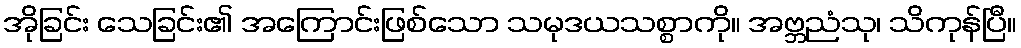
အိုခြင်း သေခြင်း၏ အကြောင်းဖြစ်သော သမုဒယသစ္စာကို။ အဗ္ဘညံသု၊ သိကုန်ပြီ။